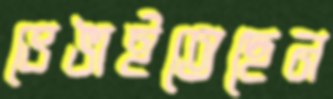
ভেঙাইতেছেন